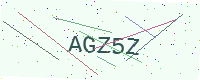
Text: AGZ5Z